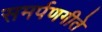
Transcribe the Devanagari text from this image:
समर्पणगीते